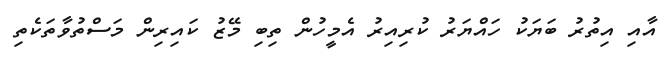
އާއި އިތުރު ބަޔަކު ހައްޔަރު ކުރިއިރު އެމީހުން ތިބި މޭޒު ކައިރިން މަސްތުވާތަކެތި